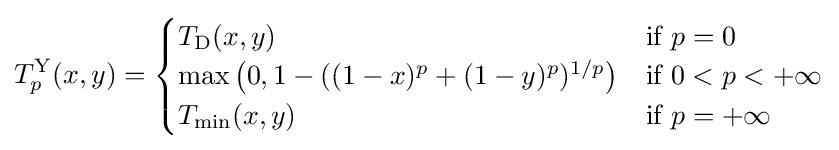
T_{p}^{\mathrm {Y} }(x,y)={\begin{cases}T_{\mathrm {D} }(x,y)&{\text{if }}p=0\\\max \left(0,1-((1-x)^{p}+(1-y)^{p})^{1/p}\right)&{\text{if }}0<p<+\infty \\T_{\mathrm {min} }(x,y)&{\text{if }}p=+\infty \end{cases}}